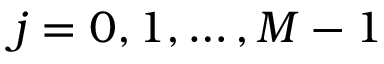
j = 0 , 1 , \ldots , M - 1